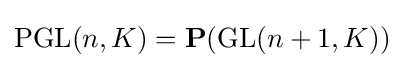
\mathrm {PGL} (n,K)=\mathbf {P} (\mathrm {GL} (n+1,K))